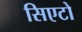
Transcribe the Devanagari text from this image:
सिएटो